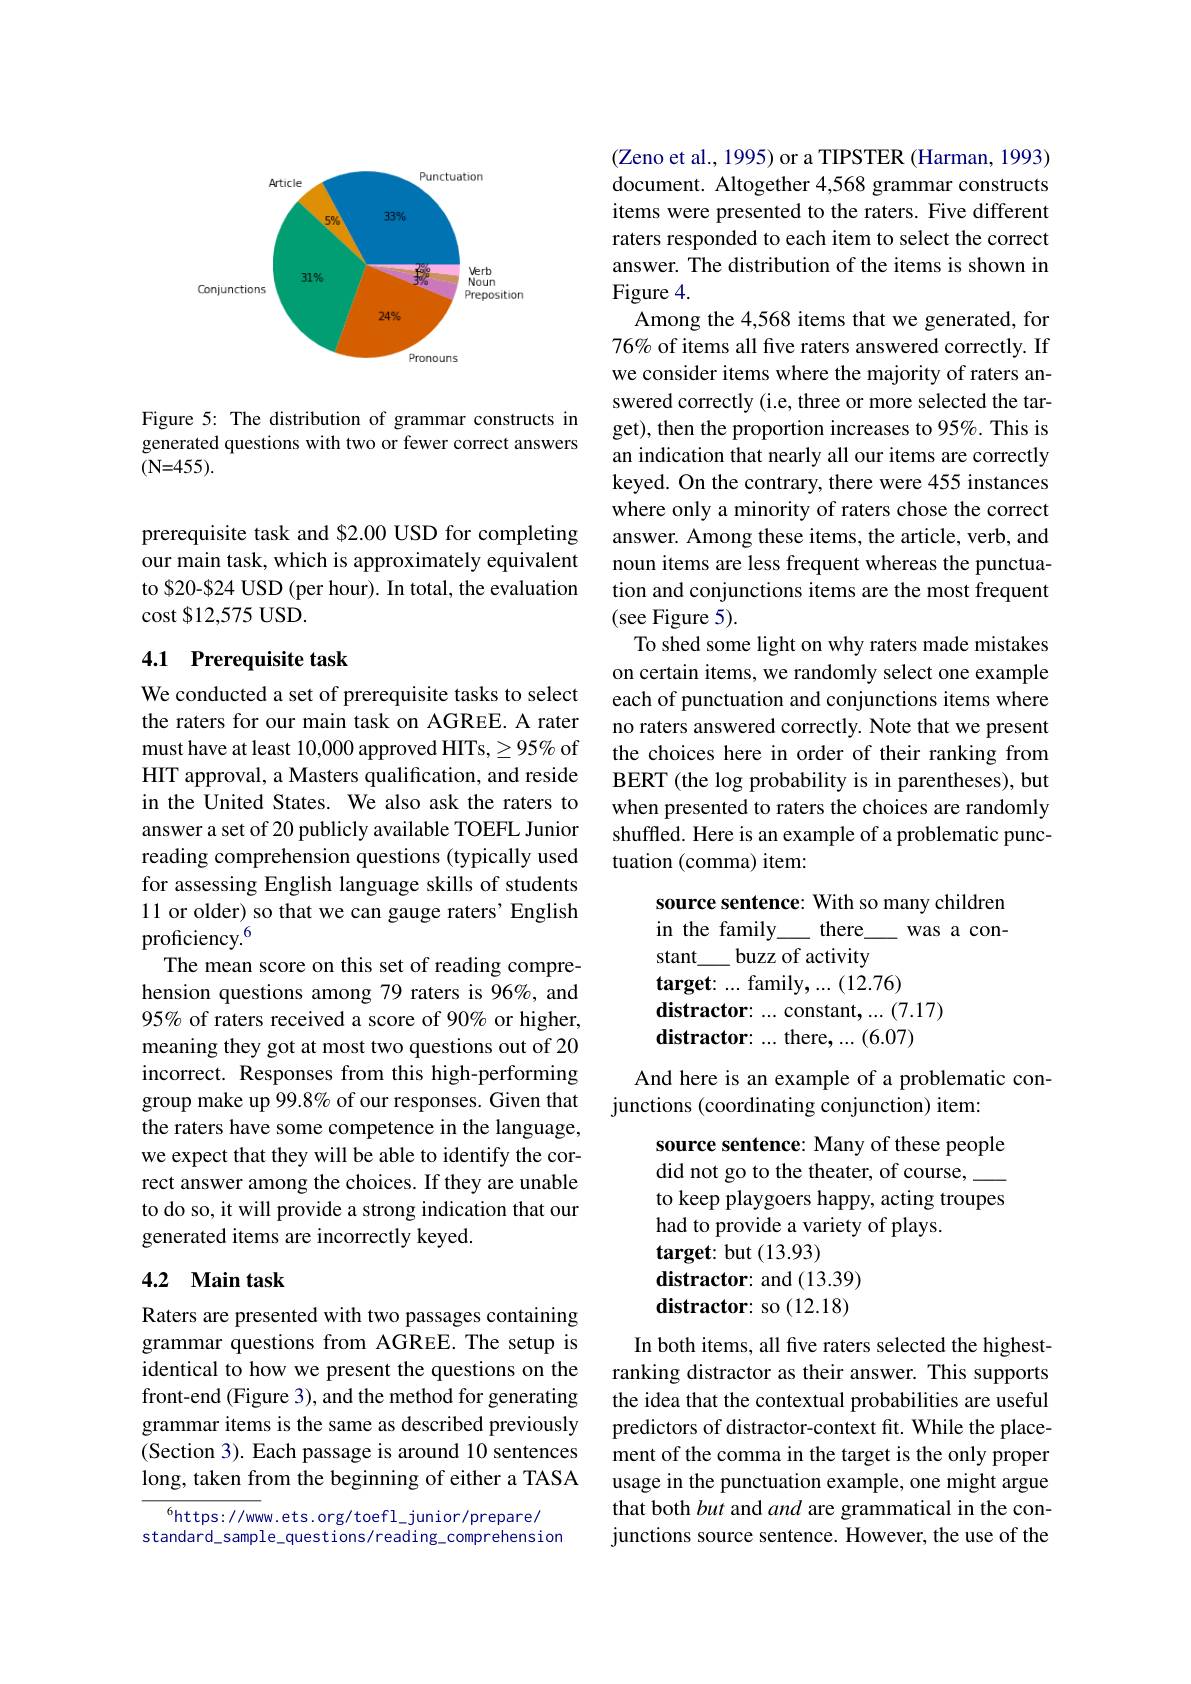
<FigureHere>

Figure 5: The distribution of grammar constructs in generated questions with two or fewer correct answers $(\mathbf{N=455}).$

prerequisite task and $2.00 USD for completing our main task, which is approximately equivalent to S20-824 USD (per hour). In total, the evaluation cost $12,575 USD.

### 4.1 Prerequisite task

We conducted a set of prerequisite tasks to select the raters for our main task on AGREE. A rater must have at least 10,000 approved HITs, $\geq95\%$ of HIT approval, a Masters qualification, and reside in the United States. We also ask the raters to answer a set of 20 publicly available TOEFL Junior reading comprehension questions (typically used for assessing English language skills of students 11 or older) so that we can gauge raters' English proficiency.$^{6}$
The mean score on this set of reading comprehension questions among 79 raters is 96%, and 95% of raters received a score of 90% or higher, meaning they got at most two questions out of 20 incorrect. Responses from this high-performing group make up 99.8% of our responses. Given that the raters have some competence in the language, we expect that they will be able to identify the correct answer among the choices. If they are unable to do so, it will provide a strong indication that our generated items are incorrectly keyed.

## 4.2 $\textbf{Main task}$

Raters are presented with two passages containing grammar questions from AGREE. The setup is identical to how we present the questions on the front-end (Figure 3), and the method for generating grammar items is the same as described previously (Section 3). Each passage is around 10 sentences long, taken from the beginning of either a TASA

$^{6}$https://www.ets.org/toefl\_junior/prepare/
standard\_sample\_questions/reading\_comprehension

(Zeno et al., 1995) or a TIPSTER (Harman, 1993) document. Altogether 4,568 grammar constructs items were presented to the raters. Five different raters responded to each item to select the correct answer. The distribution of the items is shown in Figure 4.
Among the 4,568 items that we generated, for 76% of items all five raters answered correctly. If we consider items where the majority of raters answered correctly (i.e, three or more selected the target), then the proportion increases to 95%. This is an indication that nearly all our items are correctly keyed. On the contrary, there were 455 instances where only a minority of raters chose the correct answer. Among these items, the article, verb, and noun items are less frequent whereas the punctuation and conjunctions items are the most frequent (see Figure 5).
To shed some light on why raters made mistakes on certain items, we randomly select one example each of punctuation and conjunctions items where no raters answered correctly. Note that we present the choices here in order of their ranking from BERT (the log probability is in parentheses), but when presented to raters the choices are randomly shuffled. Here is an example of a problematic punctuation (comma) item:

source sentence: With so many children
in the family
there\_
was a con-
stant\_ buzz of activity
$\textbf{target: . . . family, . . . ( 12. 76) }$
distractor: ... constant, ... (7.17)
distractor: ... there, ...(6.07)

And here is an example of a problematic con-
junctions (coordinating conjunction) item:

source sentence: Many of these people
did not go to the theater, of course,
to keep playgoers happy, acting troupes
had to provide a variety of plays.
$\textbf{target: but}( 13. 93)$
distractor: and (13.39) distractor: so (12.18)

In both items, all five raters selected the highestranking distractor as their answer. This supports the idea that the contextual probabilities are useful predictors of distractor-context fit. While the placement of the comma in the target is the only proper usage in the punctuation example, one might argue that both but and and are grammatical in the conjunctions source sentence. However, the use of the